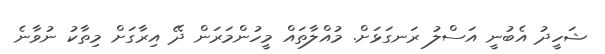
ޝަހީދު އެބުނީ އަސްލު ރަނގަޅަށް. މުއްލާތައް މީހުންމަރަން ދޭ އިރާގަށް މިތާކު ނުވާނެ